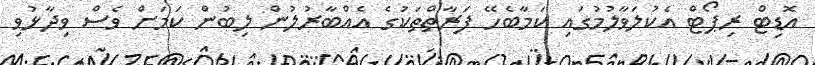
އޮޑިޓް ރިޕޯޓް އެކުލަވާލުމުގައި ކަމާބެހޭ ފަރާތްތަކުގެ އެއްބާރުލުން ލިބުން ކަމަށް ވެސް ވިދާޅުވި